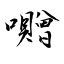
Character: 囎